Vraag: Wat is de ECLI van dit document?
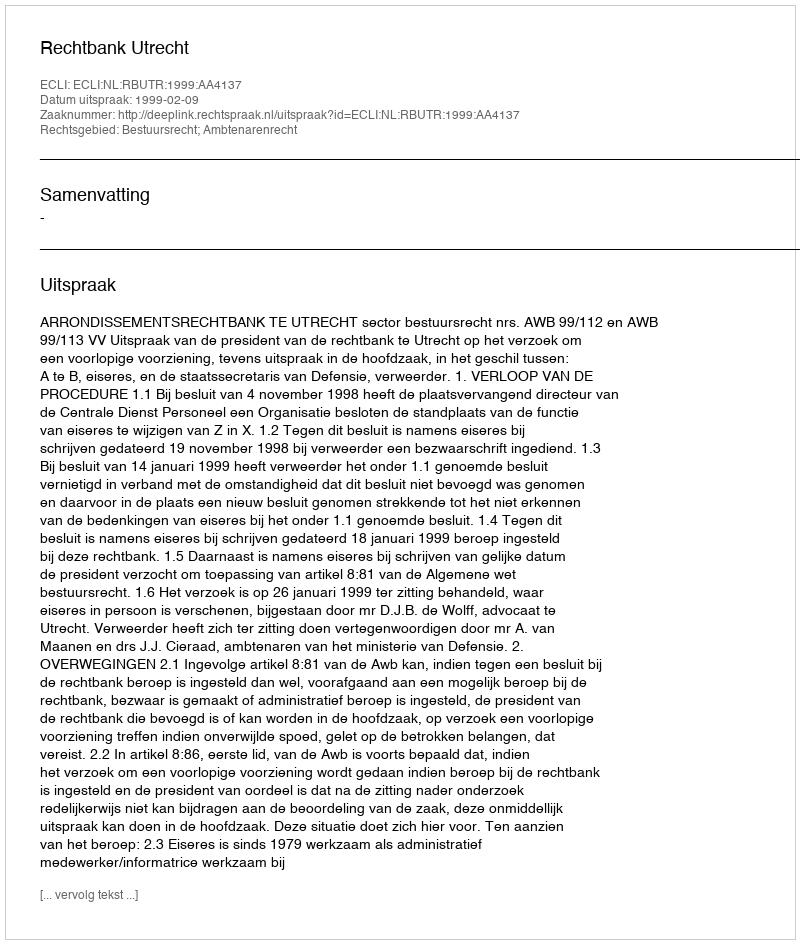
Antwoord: ECLI:NL:RBUTR:1999:AA4137